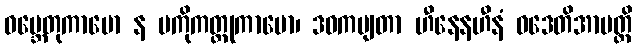
ဝမ္ဘေတုကာမော န မကိုကတ္တုကာမော၊ ဒဝကမျတာ ဟီနေနဟီနံ ဝဒေတိအာပတ္တိ